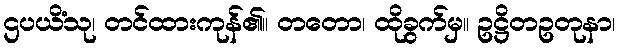
ဌပယိံသု၊ တင်ထားကုန်၏။ တတော၊ ထိုခွက်မှ။ ဥဋ္ဌိတဥတုနာ၊